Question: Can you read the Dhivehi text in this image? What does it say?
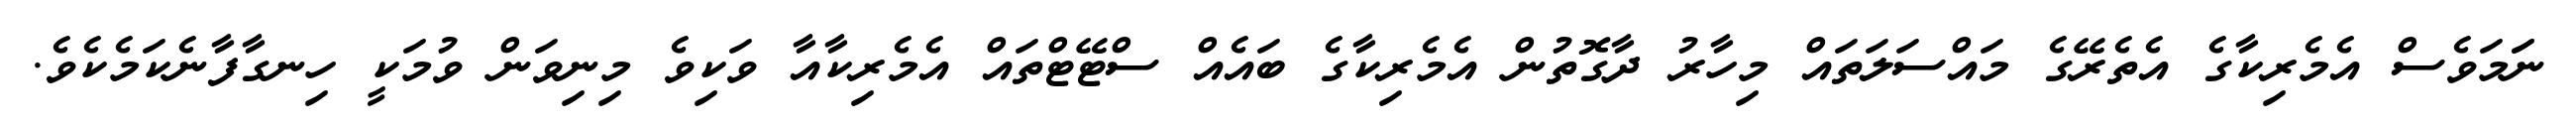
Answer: ނަަމަވެސް އެމެރިކާގެ އެތެރޭގެ މައްސަލަތައް މިހާރު ދާގޮތުން އެމެރިކާގެ ބައެއް ސްޓޭޓްތައް އެމެރިކާއާ ވަކިވެ މިނިވަން ވުމަކީ ހިނގާފާނެކަމެކެވެ.